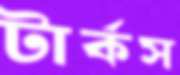
টার্কস